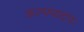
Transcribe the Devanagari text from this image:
कल्पपादपः